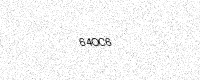
Text: 64OC6